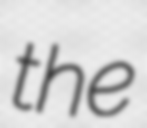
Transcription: the